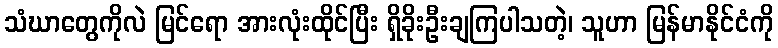
သံဃာတွေကိုလဲ မြင်ရော အားလုံးထိုင်ပြီး ရှိခိုးဦးချကြပါသတဲ့၊ သူဟာ မြန်မာနိုင်ငံကို